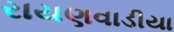
રાયણવાડીયા